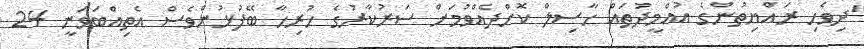
"ދިވެހި ރައްޔިތުންގެ އުއްމީދުތައް ހާސިލް ކޮށްދެއްވުމަށް ސަރުކާރުގެ ހުރިހާ ބޭފުޅުންވެސް އެތިއްބަވަނީ 24